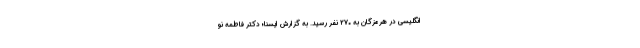
انگلیسی در هرمزگان به ۲۷۰ نفر رسید. به گزارش ایسنا؛ دکتر فاطمه نو